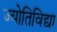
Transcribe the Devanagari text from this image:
ज्योतिविद्या